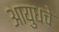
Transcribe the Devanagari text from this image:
आयुधचे